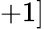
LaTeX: +1]